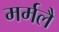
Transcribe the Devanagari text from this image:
मर्मलै